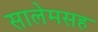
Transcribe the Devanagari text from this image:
सालेमसह